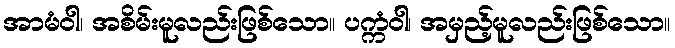
အာမံဝါ၊ အစိမ်းမူလည်းဖြစ်သော။ ပက္ကံဝါ၊ အမှည့်မူလည်းဖြစ်သော။